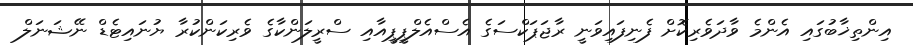
އިންތިޚާބުގައި އެންމެ ވާދަވެރިކޮށް ފެނިފައިވަނީ ރާޖަޕަކްސަގެ އެސްއެލްޕީޕީއާއި ސްރީލަންކާގެ ވެރިކަންކުރާ ޔުނައިޓެޑް ނޭޝަނަލް